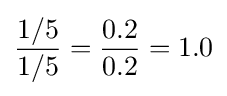
{\frac {1/5}{1/5}}={\frac {0.2}{0.2}}=1.0